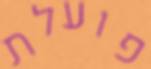
פועלת